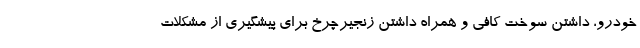
خودرو، داشتن سوخت کافی و همراه داشتن زنجیرچرخ برای پیشگیری از مشکلات